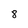
Character: 8